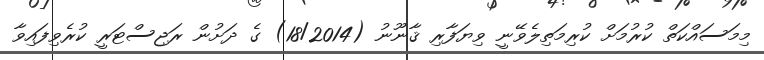
މިމަސައްކަތް ކުރުމަށް ކުރިމަތިލެވޭނީ ވިޔަފާރި ޤާނޫނު (18/2014) ގެ ދަށުން ރަޖިސްޓަރީ ކުރެވިފައިވާ